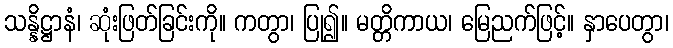
သန္နိဋ္ဌာနံ၊ ဆုံးဖြတ်ခြင်းကို။ ကတွာ၊ ပြု၍။ မတ္တိကာယ၊ မြေညက်ဖြင့်။ နှာပေတွာ၊